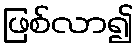
ဖြစ်လာ၍